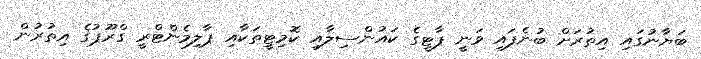
ބަޔާނުގައި އިތުރަށް ބުނެފައި ވަނީ ޕާޓީގެ ކައުންސިލާއި ކޮމިޓީތަކާއި ޕާލިމެންޓްރީ ގްރޫޕުގެ އިތުރުން